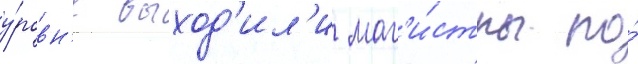
у́ровн'е выход'ил'и маг'и́стры по́